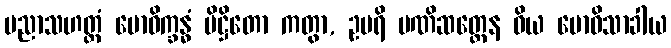
ပညာသဟတ္ထံ ဗောဓိက္ခန္ဓံ ပိဋ္ဌိတော ကတွာ, ဥပရိ မဏိဆတ္တေန ဝိယ ဗောဓိသာခါယ